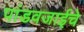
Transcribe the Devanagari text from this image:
पांडवजाईचे